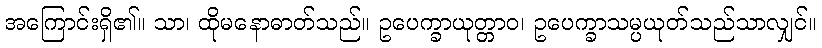
အကြောင်းရှိ၏။ သာ၊ ထိုမနောဓာတ်သည်။ ဥပေက္ခာယုတ္တာဝ၊ ဥပေက္ခာသမ္ပယုတ်သည်သာလျှင်။